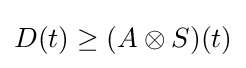
D(t)\geq (A\otimes S)(t)